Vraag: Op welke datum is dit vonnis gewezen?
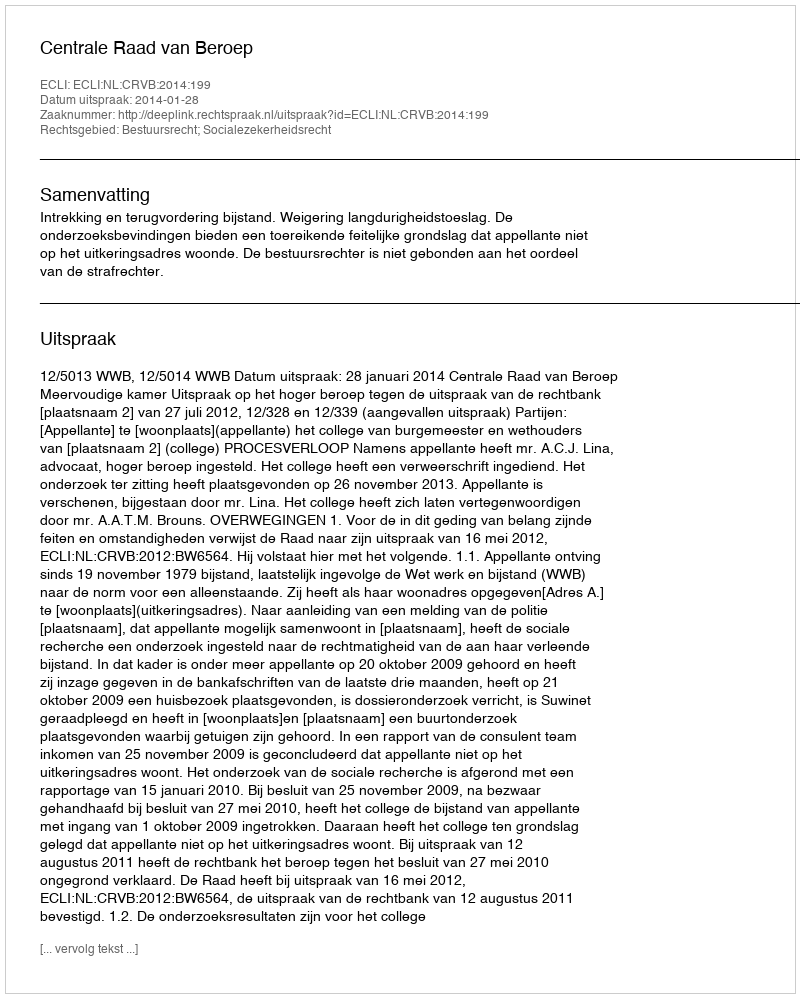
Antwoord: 2014-01-28